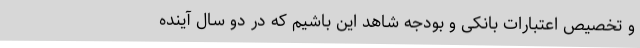
و تخصیص اعتبارات بانکی و بودجه شاهد این باشیم که در دو سال آینده